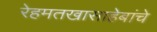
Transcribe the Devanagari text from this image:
रेहमतखासाहेबांचे